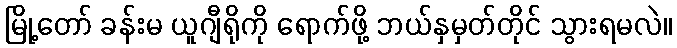
မြို့တော် ခန်းမ ယူဂျီရိုကို ရောက်ဖို့ ဘယ်နှမှတ်တိုင် သွားရမလဲ။